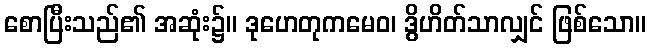
စောပြီးသည်၏ အဆုံး၌။ ဒုဟေတုကမေဝ၊ ဒွိဟိတ်သာလျှင် ဖြစ်သော။